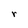
Character: r